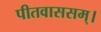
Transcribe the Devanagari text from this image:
पीतवाससम्‌।